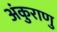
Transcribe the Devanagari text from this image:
अंकुराणु